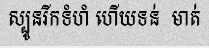
ស្បូនរីកទំហំ ហើយទន់  មាត់